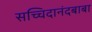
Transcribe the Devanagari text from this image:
सच्चिदानंदबाबा